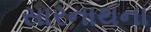
સારનાથના